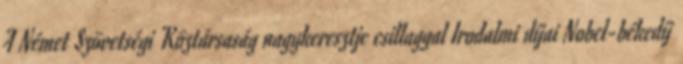
A Német Szövetségi Köztársaság nagykeresztje csillaggal Irodalmi díjai Nobel-békedíj